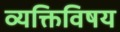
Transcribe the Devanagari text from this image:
व्यक्तिविषय